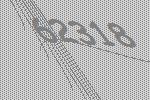
62318